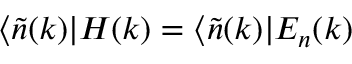
\langle \widetilde { n } ( k ) | H ( k ) = \langle \widetilde { n } ( k ) | E _ { n } ( k )